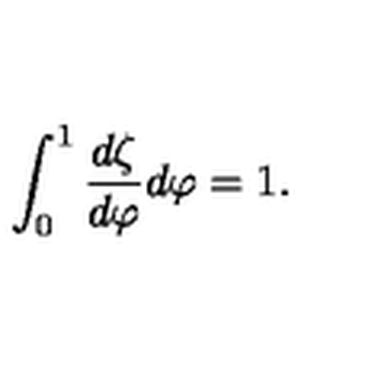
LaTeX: \int _ { 0 } ^ { 1 } { \frac { d \zeta } { d \varphi } } d \varphi = 1 .